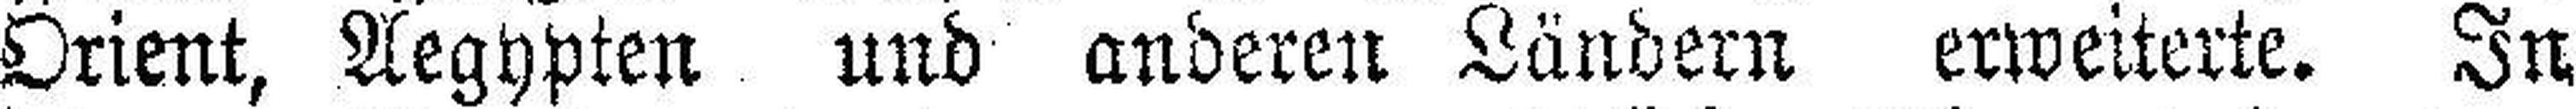
Orient, Aegypten und anderen Ländern erweiterte. In